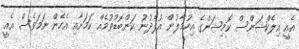
އެއީ އިލެކްޝަންސް ކޮމިޝަންގެ އިހުމާލުން އުފެދުނު ކަންބޮޑުވުމެއް ކަމަށާއި އެހެން ނަމަވެސް އެއީ